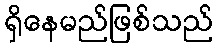
ရှိနေမည်ဖြစ်သည်